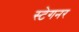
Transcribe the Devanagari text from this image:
स्टेगनर